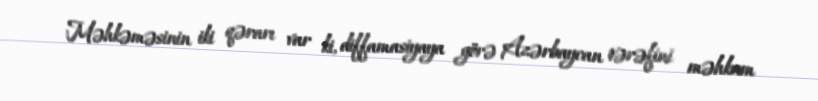
Məhkəməsinin iki qərarı var ki, diffamasiyaya görə Azərbaycan tərəfini məhkum